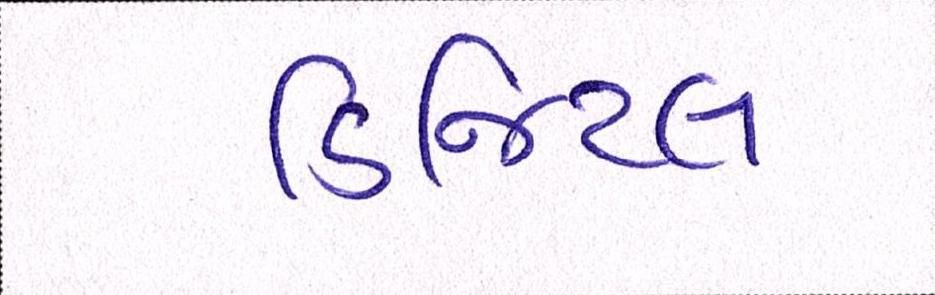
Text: ડિજિટલ